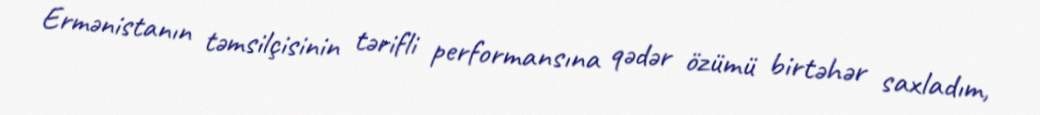
Ermənistanın təmsilçisinin tərifli performansına qədər özümü birtəhər saxladım,